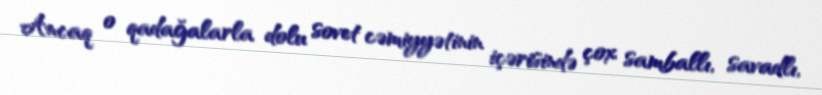
Ancaq o qadağalarla dolu sovet cəmiyyətinin içərisində çox samballı, savadlı,